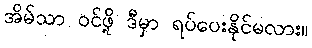
အိမ်သာ ဝင်ဖို့ ဒီမှာ ရပ်ပေးနိုင်မလား။